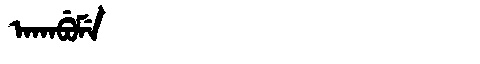
Manchu: ᠠᡴᠠᠪᡠᠮᡝ
Romanization: AKABUME